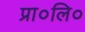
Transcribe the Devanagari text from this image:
प्रा०लि०